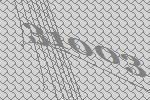
31003